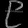
Digit: ၉